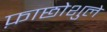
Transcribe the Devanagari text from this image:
फ़ाछोशुले